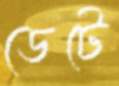
ডেটে